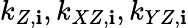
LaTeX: k_{Z,\mathbf{i}},k_{XZ,\mathbf{i}},k_{YZ,\mathbf{i}}